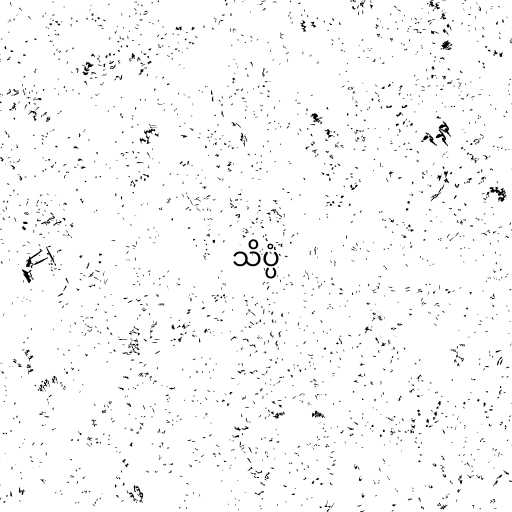
သိပ္ပံ